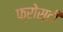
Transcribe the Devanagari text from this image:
फ्रोस्टी